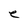
Character: e